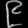
Digit: ၉